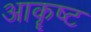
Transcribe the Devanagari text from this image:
आकॄष्‍ट